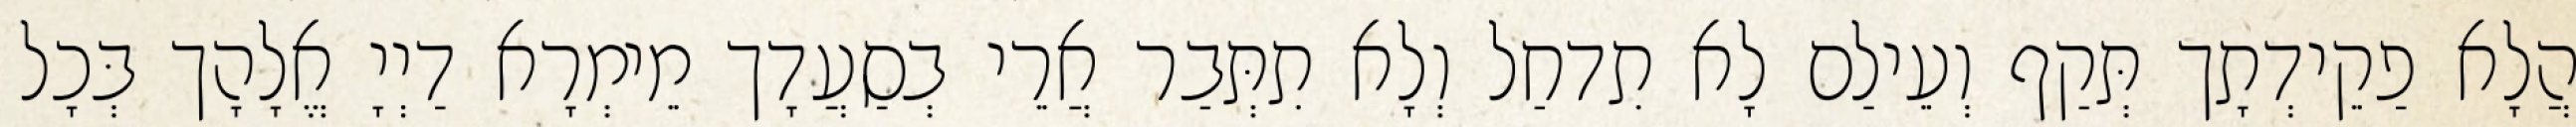
הֲלָא פַקֵידְתָך תְּקַף וְעֵילַם לָא תִדחַל וְלָא תִתְּבַר אֲרֵי בְסַעֲדָך מֵימְרָא דַיְיָ אֱלָהָך בְּכָל